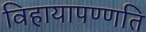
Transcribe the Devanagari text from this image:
विहायापण्णति